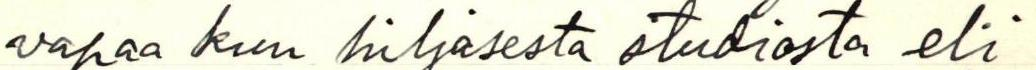
vapaa kun hiljasesta studiosta eli